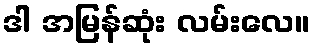
ဒါ အမြန်ဆုံး လမ်းလေ။